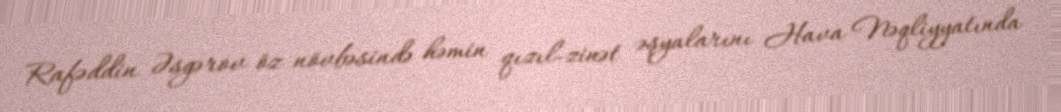
Rafəddin Əsgərov öz növbəsində həmin qızıl-zinət əşyalarını Hava Nəqliyyatında